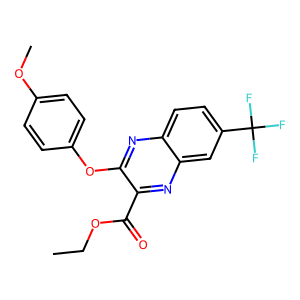
SMILES: CCOC(=O)c1nc2cc(C(F)(F)F)ccc2nc1Oc1ccc(OC)cc1
Inhibits HIV replication: No